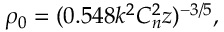
\rho _ { 0 } = ( 0 . 5 4 8 k ^ { 2 } C _ { n } ^ { 2 } z ) ^ { - 3 / 5 } ,